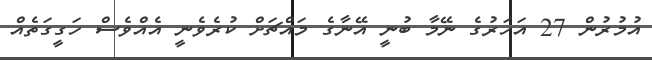
އުމުރުން 27 އަހަރުގެ ނޭމާ ބުނީ އޭނާގެ މައްޗަށް ކުރެވެނީ އެއްވެސް ހަގީގަތެއް